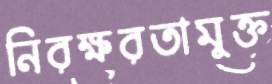
নিরক্ষরতামুক্ত